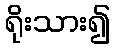
ရိုးသား၍